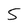
Character: 5